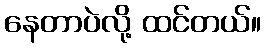
နေတာပဲလို့ ထင်တယ်။